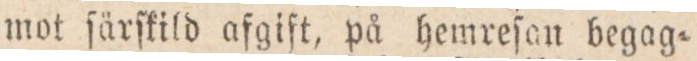
mot ſärſkild afgift, på hemreſan begag=